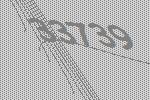
33739